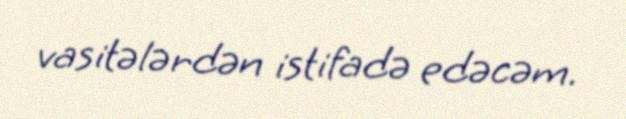
vasitələrdən istifadə edəcəm.